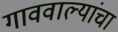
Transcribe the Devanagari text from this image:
गाववाल्यांचा